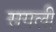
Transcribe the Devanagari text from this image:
सगली